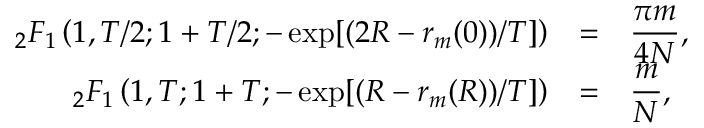
\begin{array} { r l l } { _ 2 F _ { 1 } \left( 1 , T / 2 ; 1 + T / 2 ; - \exp [ ( 2 R - r _ { m } ( 0 ) ) / T ] \right) } & { = } & { \displaystyle \frac { \pi m } { 4 N } , \medskip } \\ { _ 2 F _ { 1 } \left( 1 , T ; 1 + T ; - \exp [ ( R - r _ { m } ( R ) ) / T ] \right) } & { = } & { \displaystyle \frac { m } { N } , } \end{array}